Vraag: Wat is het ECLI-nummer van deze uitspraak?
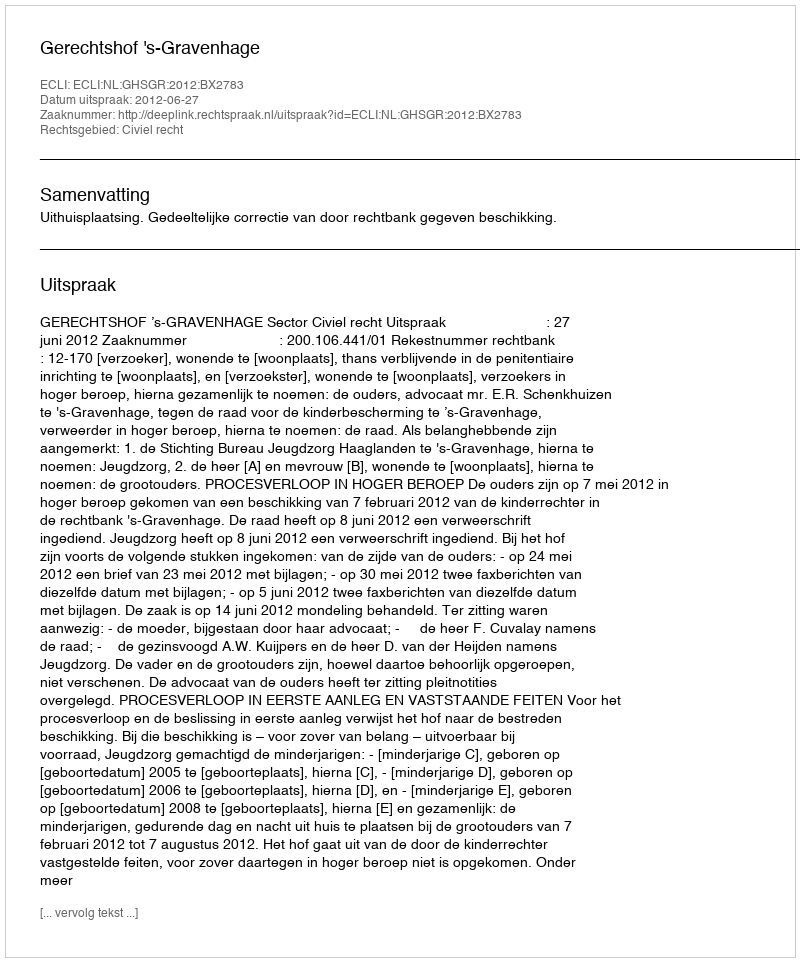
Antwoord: ECLI:NL:GHSGR:2012:BX2783